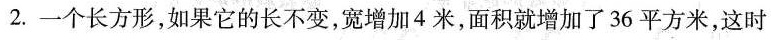
2.一个长方形，如果它的长不变，宽增加4米，面积就增加了36平方米，这时